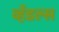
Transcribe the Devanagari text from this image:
व्हँडल्स